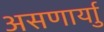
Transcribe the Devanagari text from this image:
असणार्याु